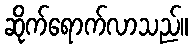
ဆိုက်ရောက်လာသည်။